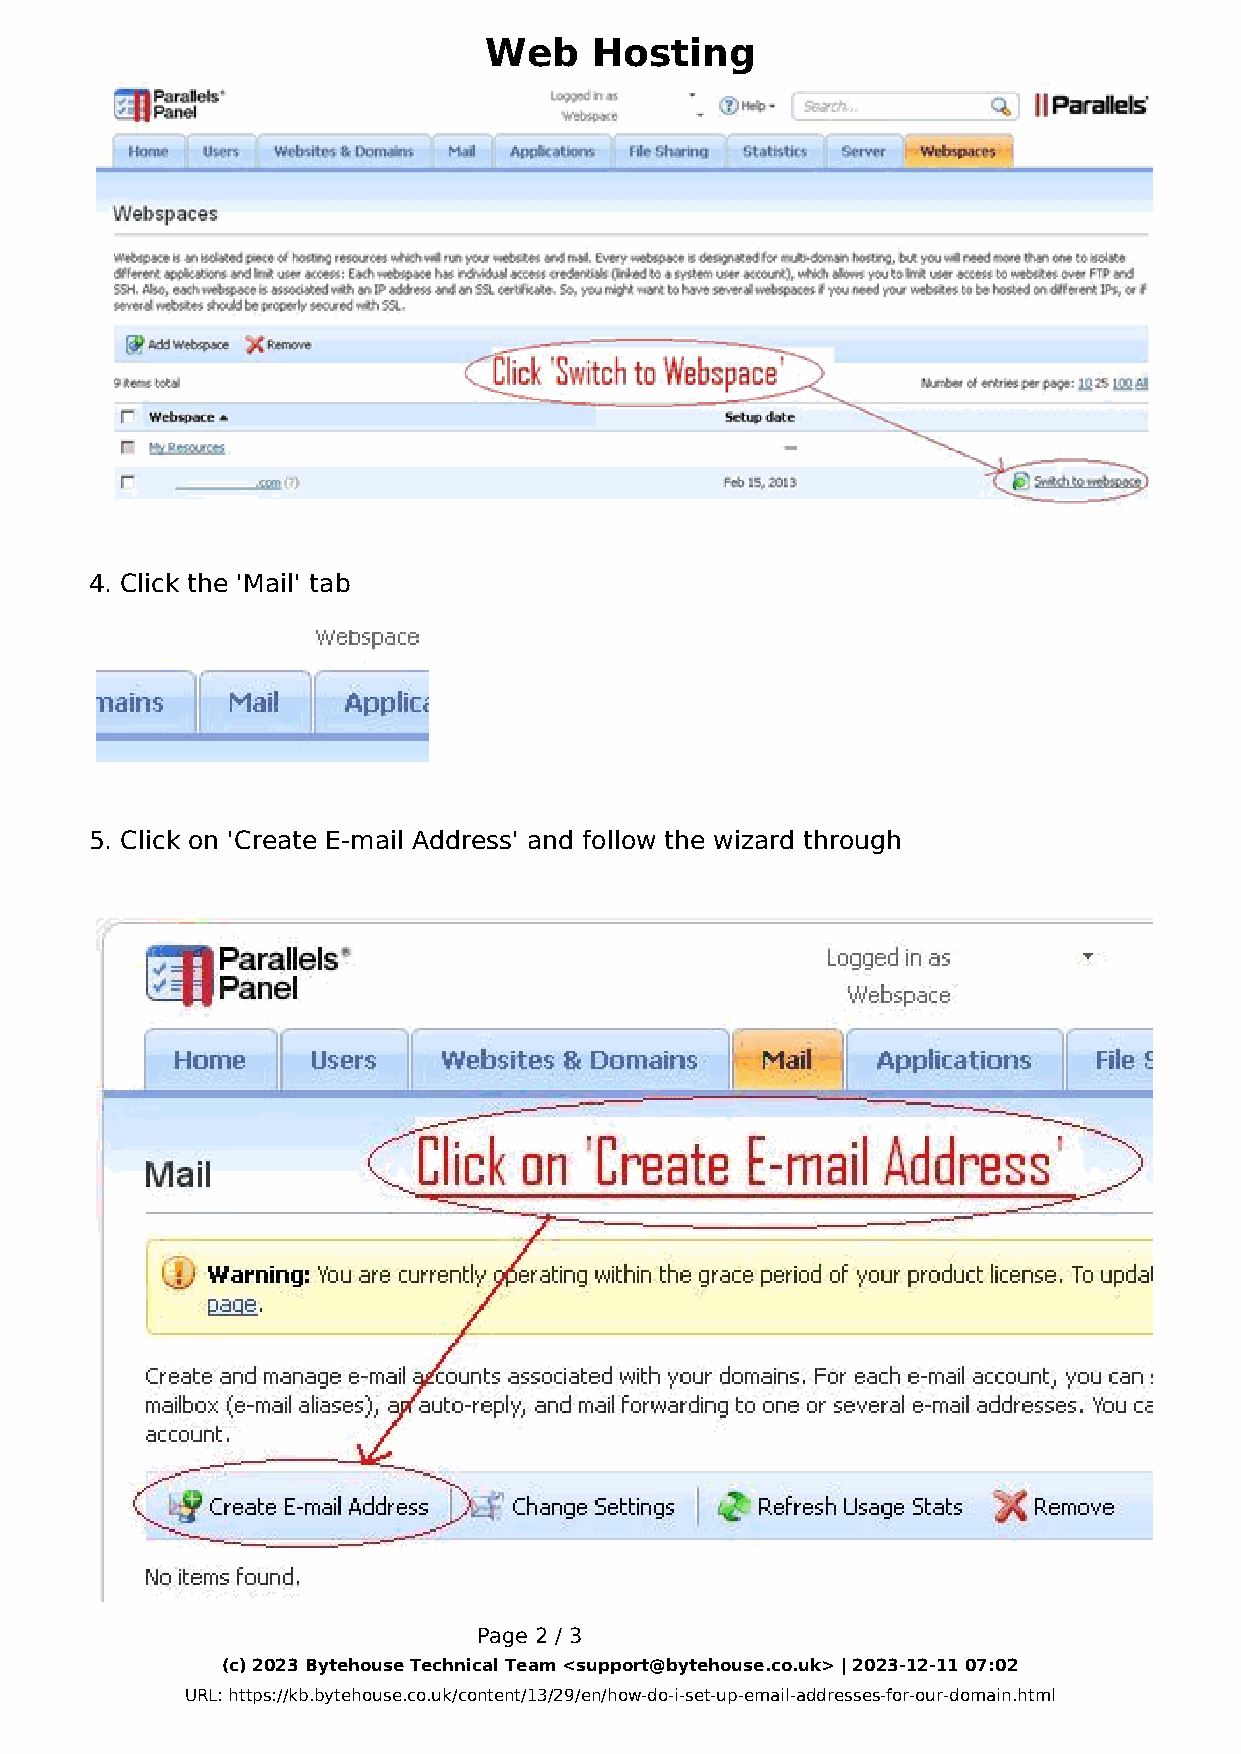
Web    Hosting
 4. Click the 'Mail' tab
 5. Click on 'Create E-mail Address' and follow the wizard through
 Page 2 / 3
 (c) 2023 Bytehouse Technical Team <support@bytehouse.co.uk> | 2023-12-11 07:02
 URL: https://kb.bytehouse.co.uk/content/13/29/en/how-do-i-set-up-email-addresses-for-our-domain.html